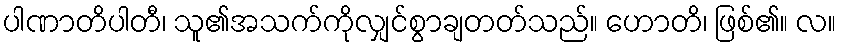
ပါဏာတိပါတီ၊ သူ၏အသက်ကိုလျှင်စွာချတတ်သည်။ ဟောတိ၊ ဖြစ်၏။ လ။